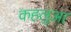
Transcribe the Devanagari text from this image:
कहलुआ